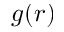
g ( r )